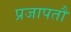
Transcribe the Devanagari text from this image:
प्रजापतौ